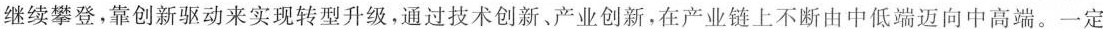
继续攀登，靠创新驱动来实现转型升级，通过技术创新、产业创新，在产业链上不断由中低端迈向中高端。一定